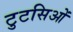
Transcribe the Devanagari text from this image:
टुटसिओं